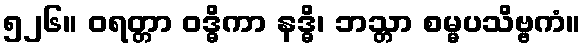
၅၂၆။ ဝရတ္တာ ဝဒ္ဓိကာ နဒ္ဓိ၊ ဘသ္တာ စမ္မပသိဗ္ဗကံ။